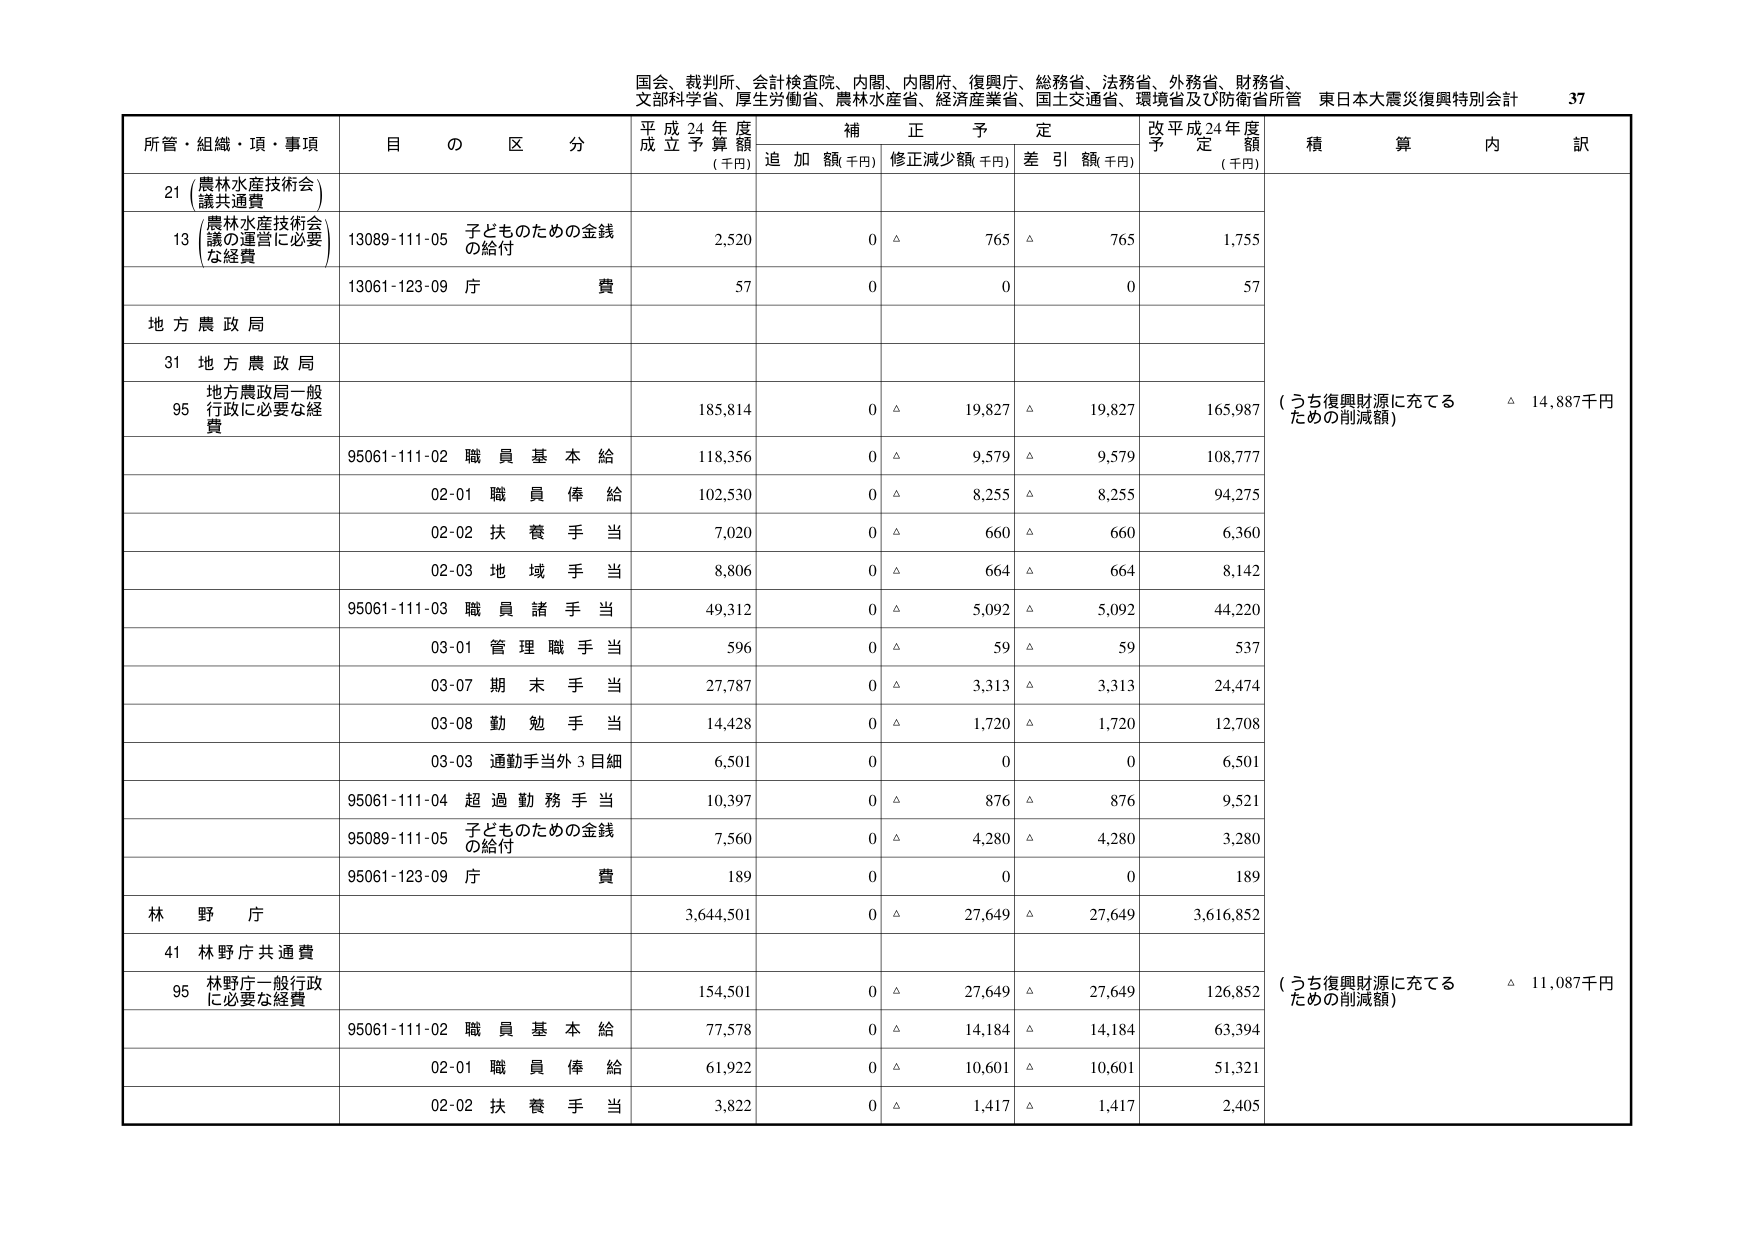
国会、裁判所、会計検査院、内閣、内閣府、復興庁、総務省、法務省、外務省、財務省、
文部科学省、厚生労働省、農林水産省、経済産業省、国土交通省、環境省及び防衛省所管 東日本大震災復興特別会計 37

所管・組織・項・事項 目 の 区 分 平成24年度 成立予算額 (千円) 補正予定 追加額(千円) 修正減少額(千円) 差引額(千円) 改平成24年度 予定額 (千円) 積算内訳

21 (農林水産技術会 議共通費)

13 (農林水産技術会 議の運営に必要な経費) 13089-111-05 子どものための金銭 の給付 2,520 0 △ 765 △ 765 1,755

13061-123-09 庁 費 57 0 0 0 57

地方農政局

31 地方農政局

95 地方農政局一般 行政に必要な経 費 185,814 0 △ 19,827 △ 19,827 165,987 (うち復興財源に充てる ための削減額) △ 14,887千円

95061-111-02 職員基本給 118,356 0 △ 9,579 △ 9,579 108,777

02-01 職員俸給 102,530 0 △ 8,255 △ 8,255 94,275

02-02 扶養手当 7,020 0 △ 660 △ 660 6,360

02-03 地域手当 8,806 0 △ 664 △ 664 8,142

95061-111-03 職員諸手当 49,312 0 △ 5,092 △ 5,092 44,220

03-01 管理職手当 596 0 △ 59 △ 59 537

03-07 期末手当 27,787 0 △ 3,313 △ 3,313 24,474

03-08 勤勉手当 14,428 0 △ 1,720 △ 1,720 12,708

03-03 通勤手当外3目細 6,501 0 0 0 6,501

95061-111-04 超過勤務手当 10,397 0 △ 876 △ 876 9,521

95089-111-05 子どものための金銭 の給付 7,560 0 △ 4,280 △ 4,280 3,280

95061-123-09 庁 費 189 0 0 0 189

林野庁 3,644,501 0 △ 27,649 △ 27,649 3,616,852

41 林野庁共通費

95 林野庁一般行政 に必要な経費 154,501 0 △ 27,649 △ 27,649 126,852 (うち復興財源に充てる ための削減額) △ 11,087千円

95061-111-02 職員基本給 77,578 0 △ 14,184 △ 14,184 63,394

02-01 職員俸給 61,922 0 △ 10,601 △ 10,601 51,321

02-02 扶養手当 3,822 0 △ 1,417 △ 1,417 2,405